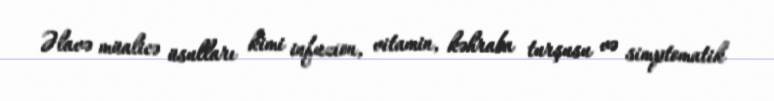
Əlavə müalicə üsulları kimi infuzion, vitamin, kəhraba turşusu və simptomatik